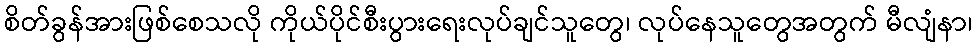
စိတ်ခွန်အားဖြစ်စေသလို ကိုယ်ပိုင်စီးပွားရေးလုပ်ချင်သူတွေ၊ လုပ်နေသူတွေအတွက် မီလျံနာ၊